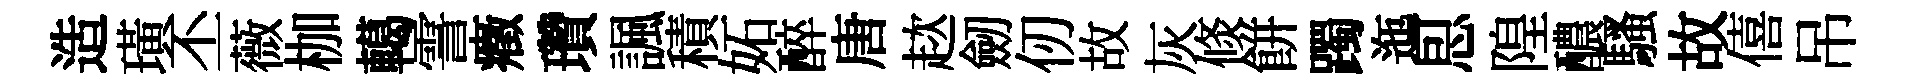
造璜丕薇枷轕霅癥瓚諷積妬醉唐趑劒仞故灰倐餅躅迤㤙隍醲騷故僖吊